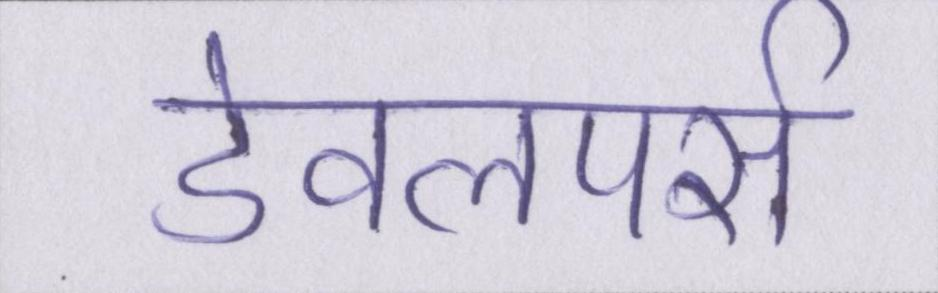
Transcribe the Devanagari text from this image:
डेवलपर्स